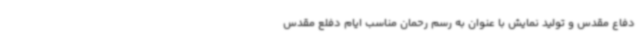
دفاع مقدس و تولید نمایش با عنوان به رسم رحمان مناسب ایام دفلع مقدس